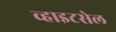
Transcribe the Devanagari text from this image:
व्हाइटसेल